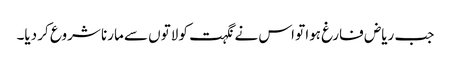
جب ریاض فارغ ہوا تو اس نے نگہت کو لاتوں سے مارنا شروع کر دیا۔